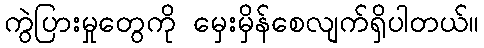
ကွဲပြားမှုတွေကို မှေးမှိန်စေလျက်ရှိပါတယ်။